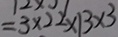
= 3 \times 2 2 \times 1 3 \times 3